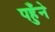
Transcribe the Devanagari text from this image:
पहुँने